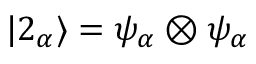
| 2 _ { \alpha } \rangle = \psi _ { \alpha } \otimes \psi _ { \alpha }